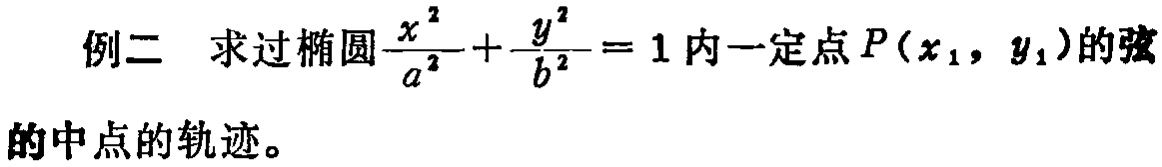
例二 求过椭圆$\frac{x^{2}}{a^{2}}+\frac{y^{2}}{b^{2}} = 1$内一定点$P(x_{1},y_{1})$的弦的中点的轨迹。